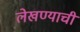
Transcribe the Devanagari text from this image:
लेखण्याची